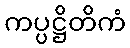
ကပ္ပဋ္ဌိတိကံ